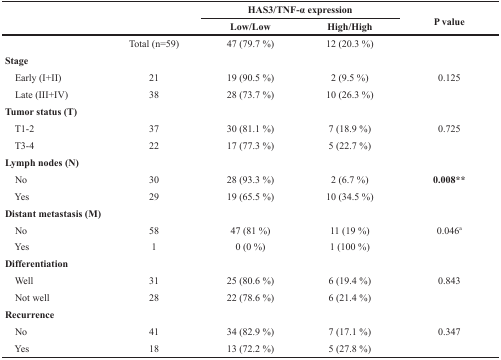
|  |  | <COLSPAN=2> HAS3/TNF-α expression | P value |
 |  |  | Low/Low | High/High |  |
 | --- | --- | --- | --- | --- |
 |  | Total (n=59) | 47 (79.7 %) | 12 (20.3 %) |  |
 | Stage |  |  |  |  |
 | Early (I+II) | 21 | 19 (90.5 %) | 2 (9.5 %) | 0.125 |
 | Late (III+IV) | 38 | 28 (73.7 %) | 10 (26.3 %) |  |
 | Tumor status (T) |  |  |  |  |
 | T1-2 | 37 | 30 (81.1 %) | 7 (18.9 %) | 0.725 |
 | T3-4 | 22 | 17 (77.3 %) | 5 (22.7 %) |  |
 | Lymph nodes (N) |  |  |  |  |
 | No | 30 | 28 (93.3 %) | 2 (6.7 %) | 0.008** |
 | Yes | 29 | 19 (65.5 %) | 10 (34.5 %) |  |
 | Distant metastasis (M) |  |  |  |  |
 | No | 58 | 47 (81 %) | 11 (19 %) | 0.046a |
 | Yes | 1 | 0 (0 %) | 1 (100 %) |  |
 | Differentiation |  |  |  |  |
 | Well | 31 | 25 (80.6 %) | 6 (19.4 %) | 0.843 |
 | Not well | 28 | 22 (78.6 %) | 6 (21.4 %) |  |
 | Recurrence |  |  |  |  |
 | No | 41 | 34 (82.9 %) | 7 (17.1 %) | 0.347 |
 | Yes | 18 | 13 (72.2 %) | 5 (27.8 %) |  |